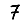
Digit: 7